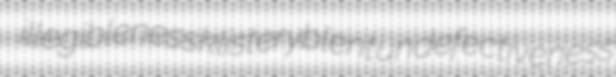
illegibleness klister yblent undefectiveness